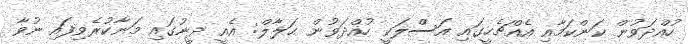
ހުއްދަވުން ކަންކަމާއި އެއްޗެހީގައި އަސްލަކީ ހުއްދަވުން ޙަލާލް: އެއީ ދީނުގައި މަނާކުރެވިފައި ނުވާ